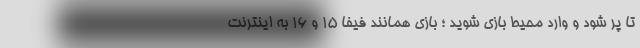
تا پر شود و وارد محیط بازی شوید ؛ بازی همانند فیفا 15 و 16 به اینترنت